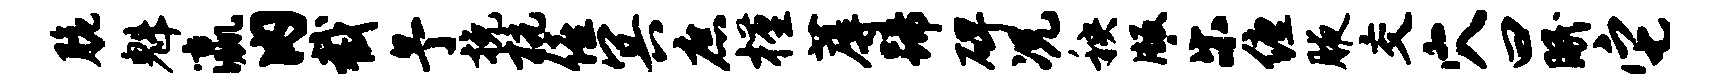
脆魁瀛内截予挽杭僖冥庶槿蓐蹄碑况秧版乐缠腋交穴曰眠它